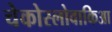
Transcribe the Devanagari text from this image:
चेकोस्लोवाकिआ